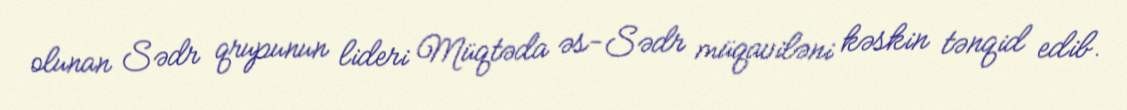
olunan Sədr qrupunun lideri Müqtəda əs-Sədr müqaviləni kəskin tənqid edib.